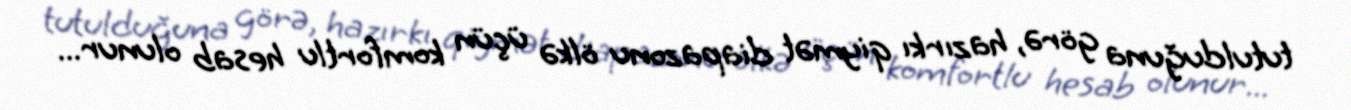
tutulduğuna görə, hazırkı qiymət diapazonu ölkə üçün komfortlu hesab olunur...